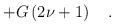
LaTeX: \begin{align*}+G\left( 2\nu +1\right) \quad .\end{align*}